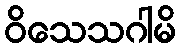
ဝိသေသဂါမိ